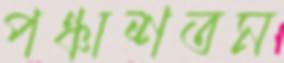
পঞ্চাশতম